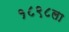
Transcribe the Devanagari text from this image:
१८९८ला